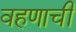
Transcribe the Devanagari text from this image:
वहणाची